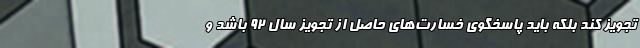
تجویز کند بلکه باید پاسخگوی خسارت‌های حاصل از تجویز سال 92 باشد و